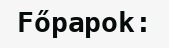
Főpapok: